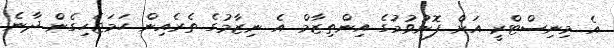
އެ މިނިސްޓްރީ އަށް ފޮނުވުމުގެ އިންތިޒާމް އެ ނިޒާމުގެ ތެރެއިން ހަމަޖެހިގެން ދާނެ